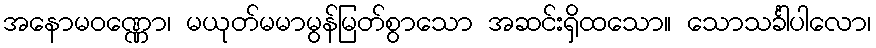
အနောမဝဏ္ဏော၊ မယုတ်မမာမွန်မြတ်စွာသော အဆင်းရှိထသော။ သောသင်္ခါပါလော၊